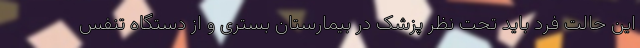
این حالت فرد باید تحت نظر پزشک در بیمارستان بستری و از دستگاه تنفس